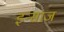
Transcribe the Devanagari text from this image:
इन्साज